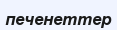
печенеттер